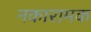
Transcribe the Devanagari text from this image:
नकारामक